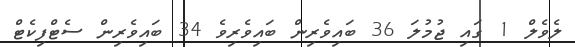
ލެވެލް 1 ގައި ޖުމުލަ 36 ބައިވެރިން ބައިވެރިވެ 34 ބައިވެރިން ސެޓްފިކެޓް